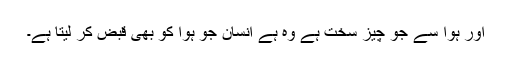
اور ہوا سے جو چیز سخت ہے وہ ہے انسان جو ہوا کو بھی قبض کر لیتا ہے۔